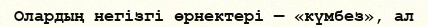
Олардың негізгі өрнектері — «күмбез», ал